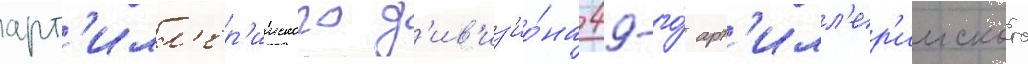
арт'илл'ер'ииского д'ив'из'ио́на 49-го́ арт'илл'ер'ииского